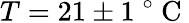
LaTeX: T=21\pm 1\mathrm{~}^{\circ}\mathrm{~C~}